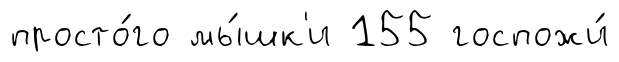
просто́го мы́шк'и 155 госпожи́